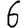
Digit: 6